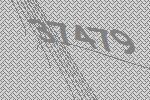
37479